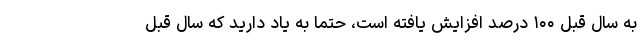
به سال قبل ۱۰۰ درصد افزایش یافته است، حتما به یاد دارید که سال قبل